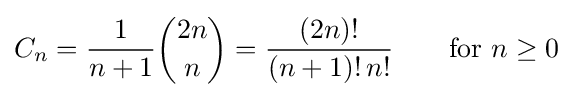
C_{n}={\frac {1}{n+1}}{2n \choose n}={\frac {(2n)!}{(n+1)!\,n!}}\qquad {\text{for }}n\geq 0